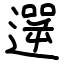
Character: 遻